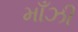
માઁઝી